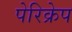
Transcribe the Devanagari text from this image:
पेरिक्रेप